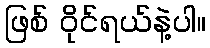
ဖြစ် ဝိုင်ရယ်နဲ့ပါ။